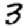
Digit: 3